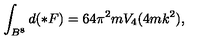
\int _ { B ^ { 8 } } d ( \ast F ) = 6 4 \pi ^ { 2 } m V _ { 4 } ( 4 m k ^ { 2 } ) ,